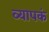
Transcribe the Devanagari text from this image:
व्यापकं